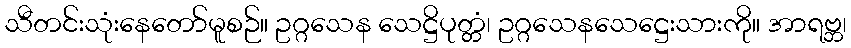
သီတင်းသုံးနေတော်မူစဉ်။ ဥဂ္ဂသေန သေဋ္ဌိပုတ္တံ၊ ဥဂ္ဂသေနသေဋ္ဌေးသားကို။ အာရဗ္ဘ၊